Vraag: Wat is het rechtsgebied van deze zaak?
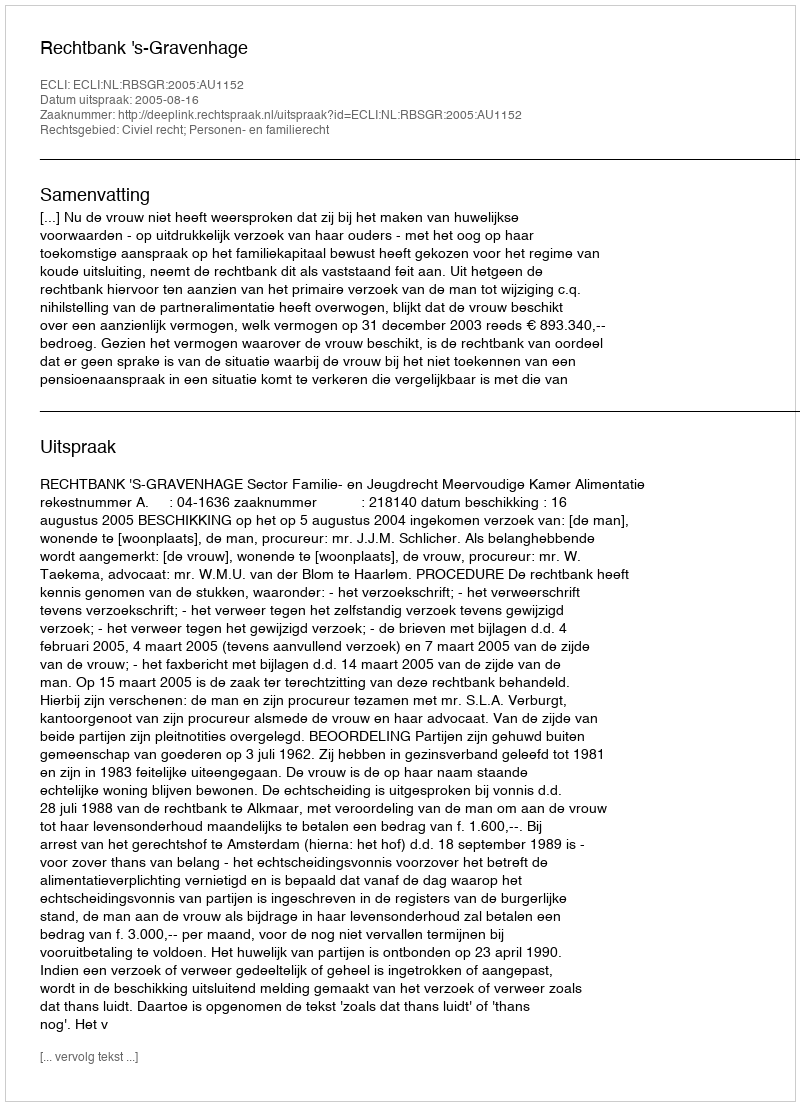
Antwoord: Civiel recht; Personen- en familierecht